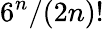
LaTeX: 6^{n}/(2n)!